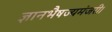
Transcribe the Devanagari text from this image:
ज्ञानभैषज्यमंजरी।